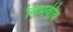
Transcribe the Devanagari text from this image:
विभवीय